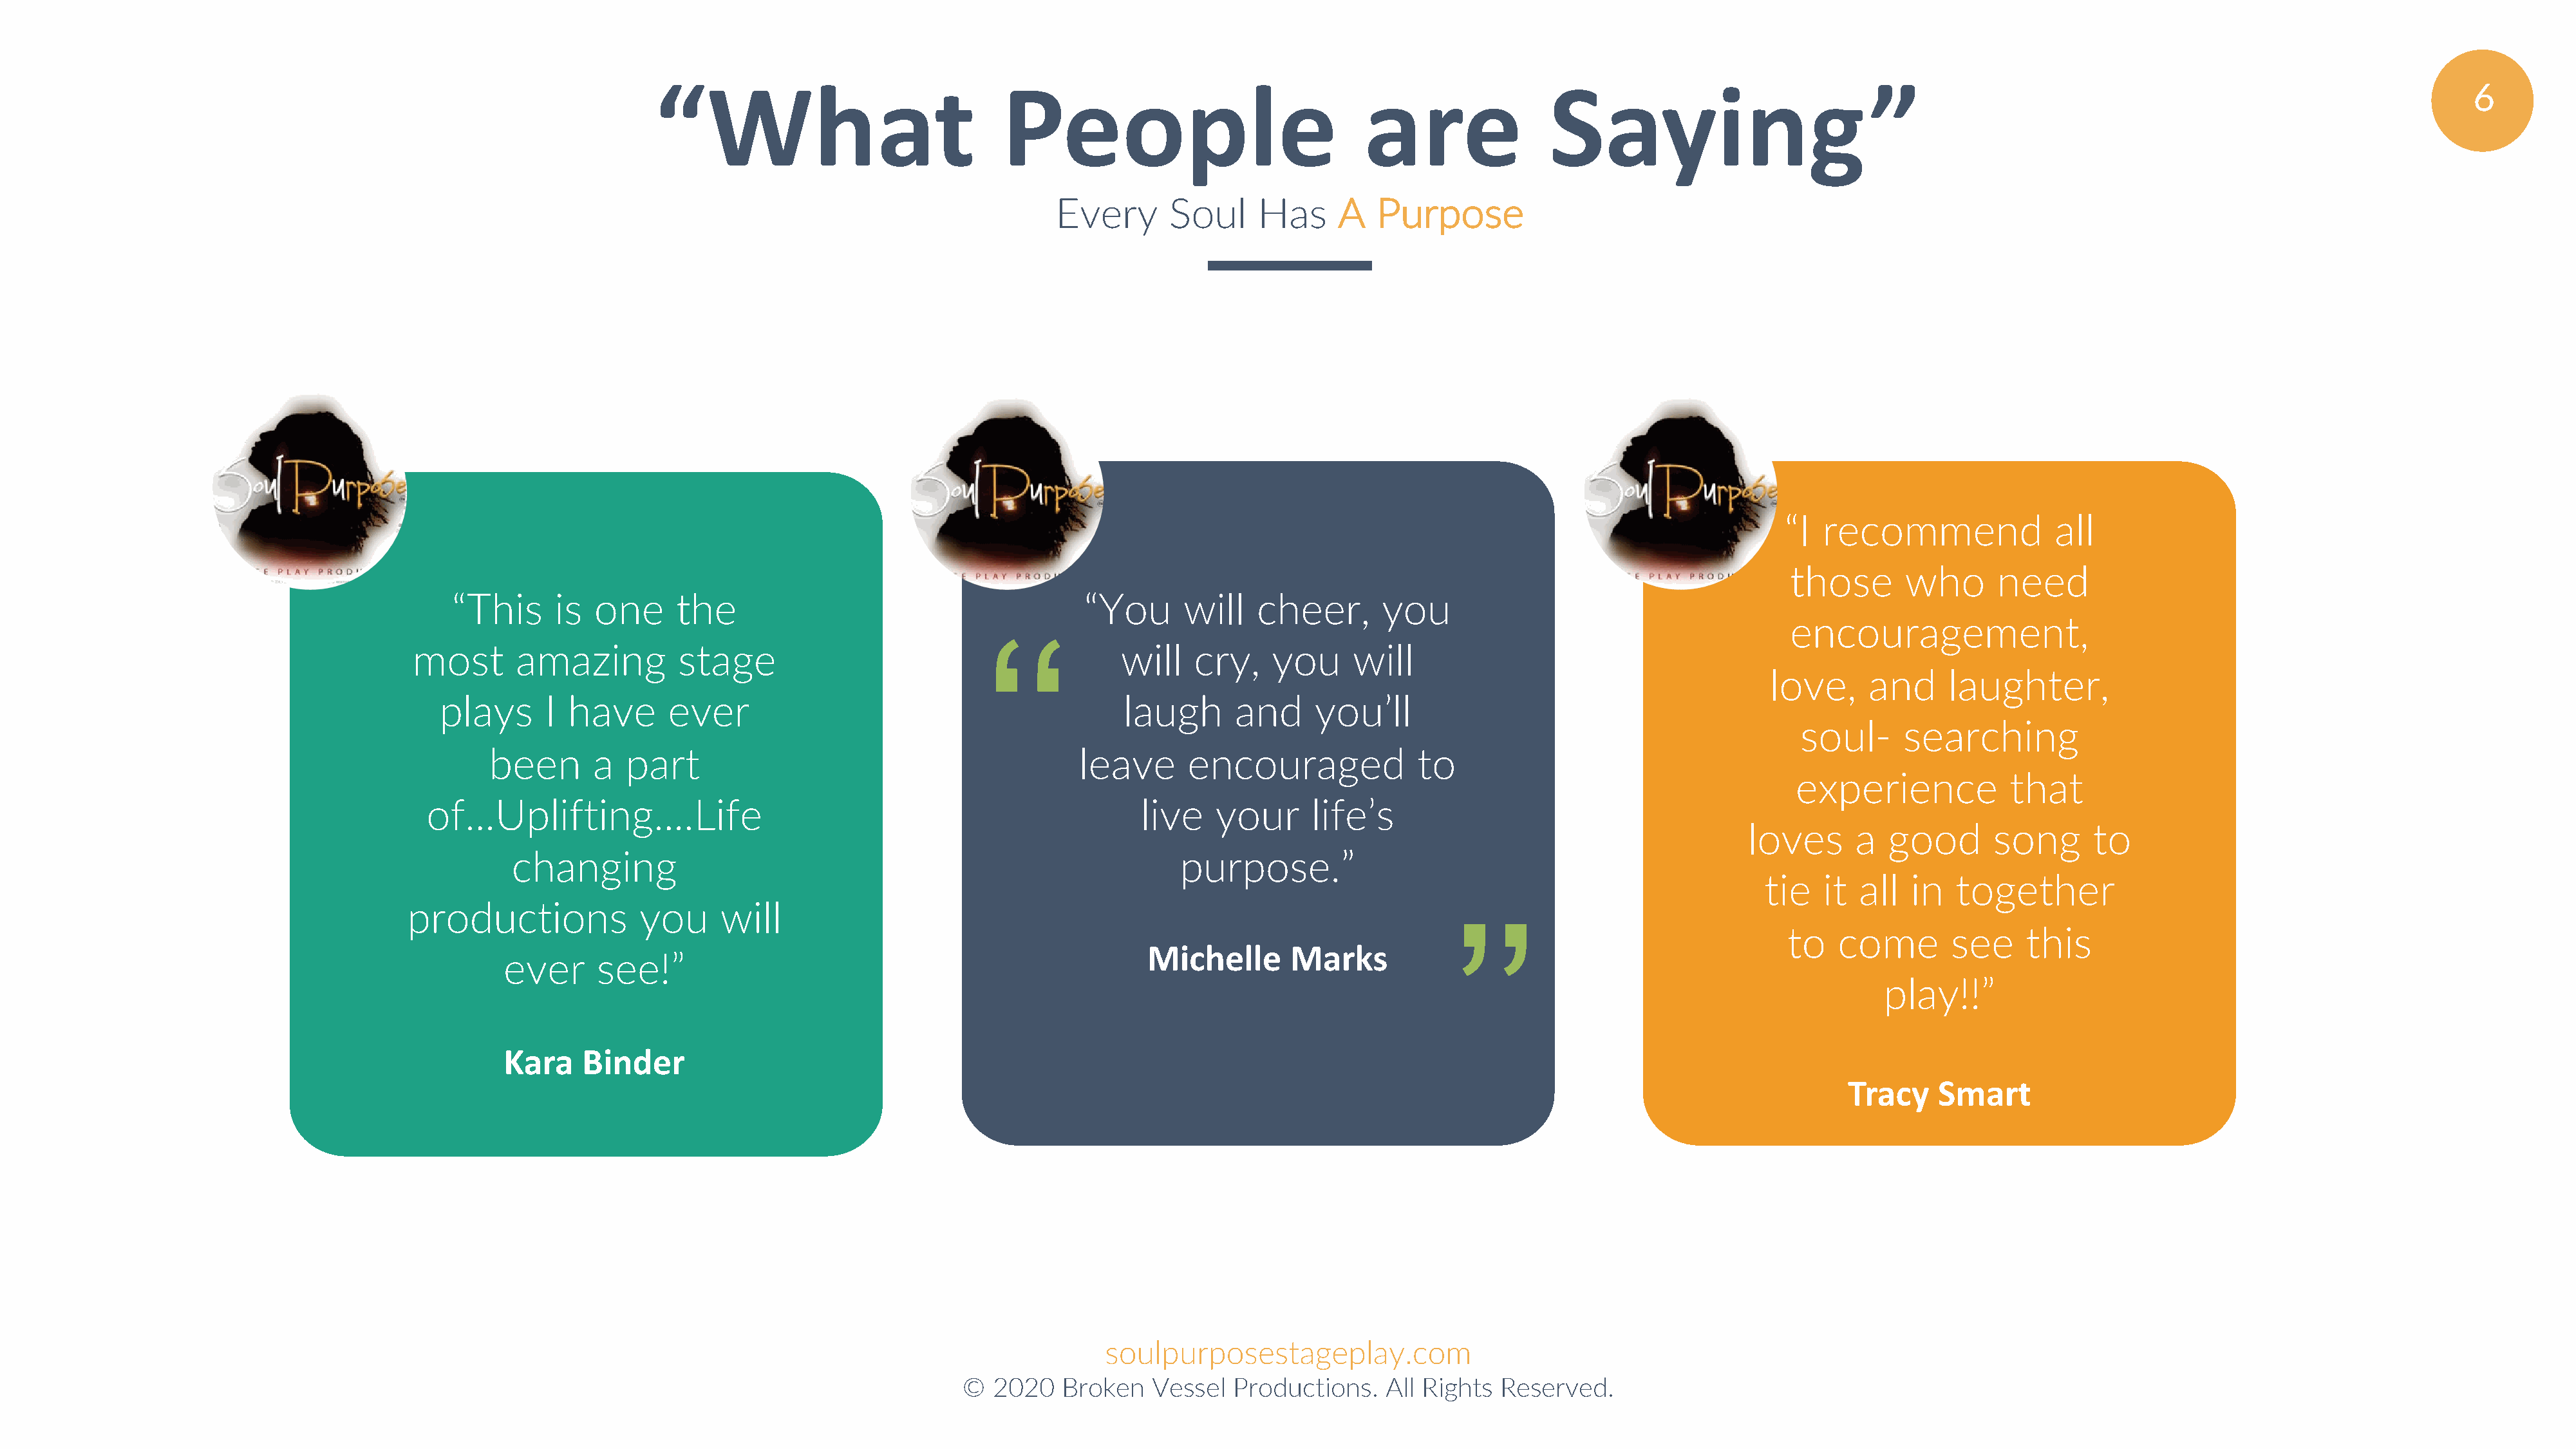
“What                               People                               are                Saying                           ”                                                             6
 Every      Soul     Has      A   Purpose
 “I  recommend               all
 those       who      need
 “This      is  one     the                                       “You       will   cheer,       you
 encouragement,
 ‘‘                                                                   ‘‘                                                                    ‘‘
 most       amazing          stage                                        will    cry,    you     will
 love,     and     laughter,
 plays      I have       ever                                          laugh       and     you’ll
 soul-      searching
 been       a  part                                           leave      encouraged              to
 experience            that
 of...Uplifting....Life                                                   live    your      life’s
 loves      a  good       song      to
 changing                                                            purpose.”
 tie   it  all  in   together
 productions             you     will
 ’’                                                                   ’’                                                                    ’’
 to   come        see    this
 Michelle       Marks
 ever     see!”
 play!!”
 Kara    Binder
 Tracy    Smart
 soulpurposestageplay.com
 ©  2020   Broken   Vessel   Productions.   All Rights  Reserved.